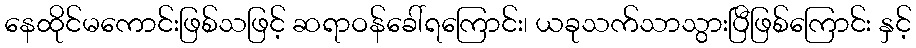
နေထိုင်မကောင်းဖြစ်သဖြင့် ဆရာဝန်ခေါ်ရကြောင်း၊ ယခုသက်သာသွားပြီဖြစ်ကြောင်း နှင့်